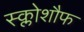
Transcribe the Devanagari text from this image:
स्क्लोशौफ